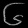
Digit: ၆